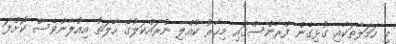
މި ހަމަލާތަކާއި ގުޅިގެން ފްރާންސްގައި މިހާރު ކުއްލި ނުރައްކަލުގެ ހާލަތު އިއުލާންވެސް ކޮށްފަ